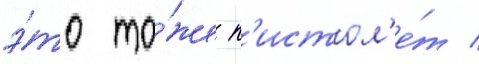
э́то то́же п'истол'е́т /